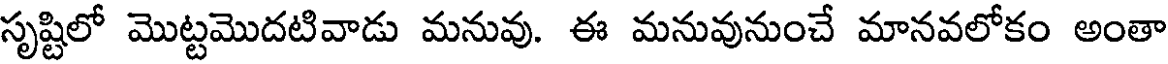
సృష్టిలో మొట్టమొదటివాడు మనువు. ఈ మనువునుంచే మానవలోకం అంతా